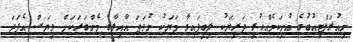
ނިއުރަލްޓިއުބުގެ އުނިކަމެއްހުރި ދަރިޔަކު ލިބިފައިވާ މަޔަކު ނުވަތަ އާއިލާގެ މެންބަރަކަށް ވިޔަސް އެފަދަ